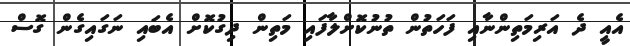
އެއީ ދެ އަރިމަތިންނާއި ފަހަތުން ތުނުކޮށްލާފައި މަތިން ދިގުކޮށް އެބައި ނަގައިގެން ގޮސް